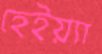
হেইয়্যা